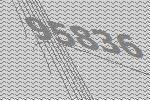
95836